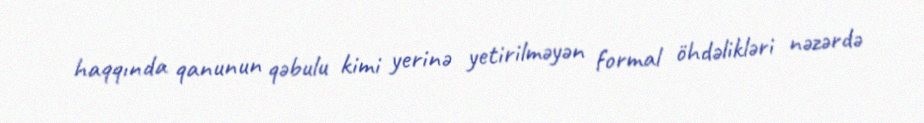
haqqında qanunun qəbulu kimi yerinə yetirilməyən formal öhdəlikləri nəzərdə